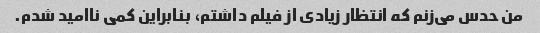
من حدس می‌زنم که انتظار زیادی از فیلم داشتم، بنابراین کمی ناامید شدم.